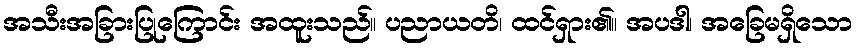
အသီးအခြားပြုကြောင်း အထူးသည်။ ပညာယတိ၊ ထင်ရှား၏။ အပဒါ၊ အခြေမရှိသော